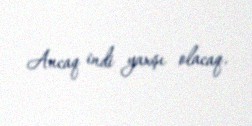
Ancaq indi yaxşı olacaq.